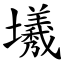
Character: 㙿